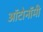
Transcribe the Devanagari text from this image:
ऑटोनॉमी